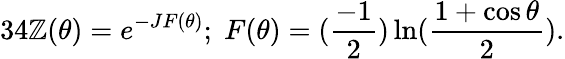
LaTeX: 34\mathbb{Z}(\theta)=e^{-JF(\theta)};\; F(\theta)=(\frac{{-1}}{{2}})\ln(\frac{{1+\cos\theta}}{{2}}).